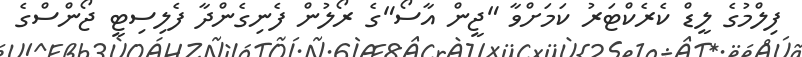
ފިލްމުގެ ލީޑް ކެރެކްޓަރު ކަމަށްވާ "ޖީން އާސޯ"ގެ ރޯލުން ފެނިގެންދާ ފެލިސިޓީ ޖޯންސްގެ